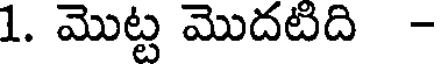
1. మొట్ట మొదటిది -